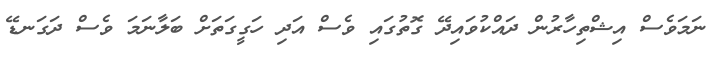
ނަމަވެސް އިޝްތިހާރުން ދައްކުވައިދޭ ގޮތުގައި ވެސް އަދި ހަގީގަތަށް ބަލާނަމަ ވެސް ދަގަނޑޭ